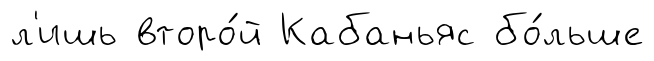
л'ишь второ́й Кабаньяс бо́льше